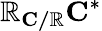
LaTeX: \mathbb{R}_{\mathbf{{C/\mathbb{R}}}}{\mathbf{{C}}}^{*}